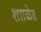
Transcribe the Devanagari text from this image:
शााळेत